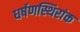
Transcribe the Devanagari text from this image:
धर्षणस्थिरांक